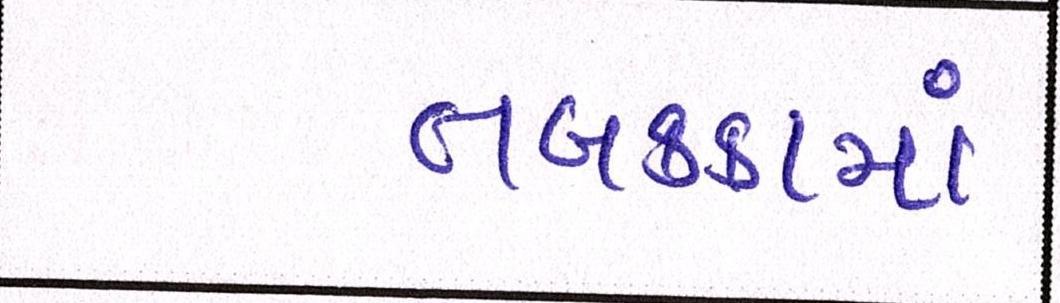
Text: તબકક્કામાં